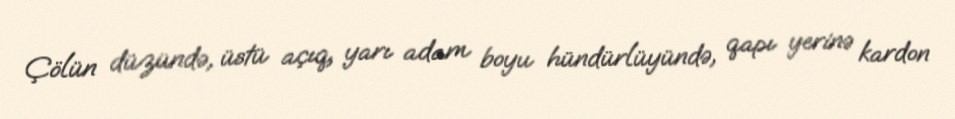
Çölün düzündə, üstü açıq, yarı adam boyu hündürlüyündə, qapı yerinə kardon